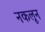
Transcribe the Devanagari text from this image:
नकलून